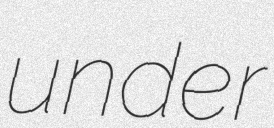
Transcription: under